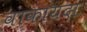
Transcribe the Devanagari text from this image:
वाकायदा